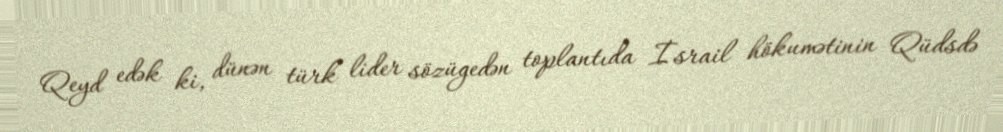
Qeyd edək ki, dünən türk lider sözügedən toplantıda İsrail hökumətinin Qüdsdə